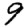
Digit: 9